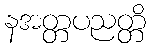
နအတ္တပညတ္တိ